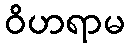
ဝိဟရာမ